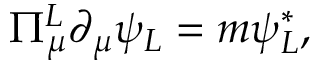
\Pi _ { \mu } ^ { L } \partial _ { \mu } \psi _ { L } = m \psi _ { L } ^ { * } ,